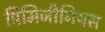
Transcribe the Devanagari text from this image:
प्रिमिजीनियस